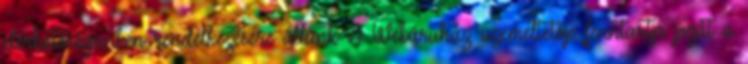
elérhetőségeinken rendelkezésére állunk A Webáruház üzemeltetője fenntartja jogát a